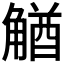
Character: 𧤕